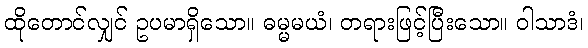
ထိုတောင်လျှင် ဥပမာရှိသော။ ဓမ္မမယံ၊ တရားဖြင့်ပြီးသော။ ဝါသာဒံ၊